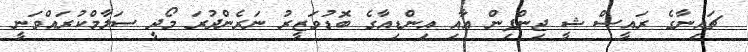
ޗައިނާގެ ރައީސް ޝީ ޖިންޕިން އާއި އިންޑިއާގެ ބޮޑުވަޒީރު ނަރެންދުރަ މޯދީ ސަލާމްކުރައްވަނީ